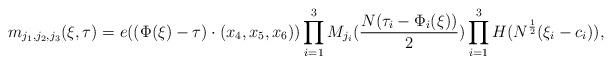
LaTeX: \begin{gather*}m_{j_{1},j_{2},j_{3}}(\xi,\tau) =e((\Phi(\xi)-\tau)\cdot (x_{4},x_{5},x_{6}))\prod_{i=1}^{3}M_{j_{i}}(\frac{N(\tau_{i}-\Phi_{i}(\xi))}{2})\prod_{i=1}^{3}H(N^{\frac{1}{2}}(\xi_{i}-c_{i})),\end{gather*}